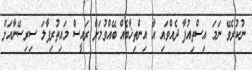
ނުކުރެވޭ ނަމަ އިސްތިއުފާ ދެއްވައި އާ އިންތިޚާބެއް ބޭއްވުމަށް ރައީސް މައިތުރިޕާލަ ސިރިސޭނާއަށް